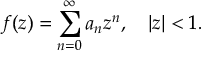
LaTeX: f ( z ) = \sum _ { n = 0 } ^ { \infty } a _ { n } z ^ { n } , \ \ \ | z | < 1 .